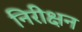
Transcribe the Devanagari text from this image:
निरीक्षन